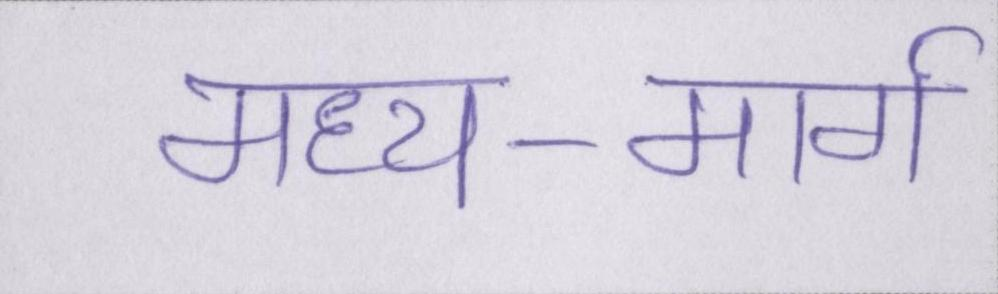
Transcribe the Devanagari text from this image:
मध्य-मार्ग